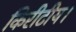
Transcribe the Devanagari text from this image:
किरीटीय।